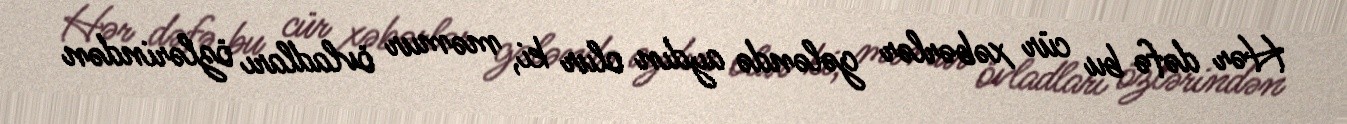
Hər dəfə bu cür xəbərlər gələndə aydın olur ki, məmur övladları özlərindən